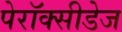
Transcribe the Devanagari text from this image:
पेरॉक्सीडेज